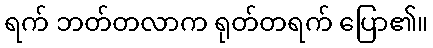
ရက် ဘတ်တလာက ရုတ်တရက် ပြော၏။